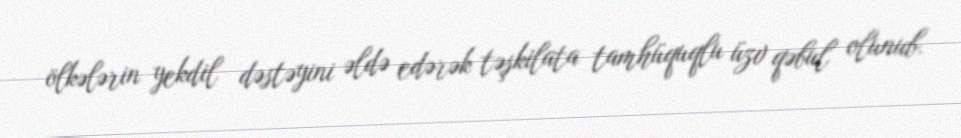
ölkələrin yekdil dəstəyini əldə edərək təşkilata tamhüquqlu üzv qəbul olunub.